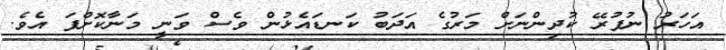
އަހަރު ނުފުރޭ ކުދިންނަށް މަރުގެ އަދަބު ކަނޑައެޅުން ވެސް ވަނީ މަނާކޮށްފަ އެވެ.